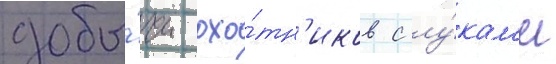
добы́чи охо́тн'иков с лу́кам'и